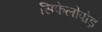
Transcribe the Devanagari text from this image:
सिफेलोपोड़